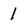
Character: 1